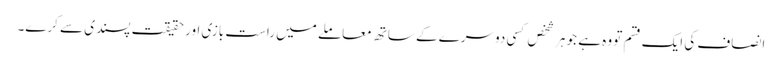
انصاف کی ایک قسم تو وہ ہے جو ہر شخص کسی دوسرے کے ساتھ معاملے میں راست بازی اور حقیقت پسندی سے کرے۔